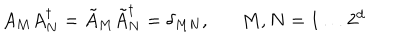
A _ { M } A _ { N } ^ { \dagger } = \tilde { A } _ { M } \tilde { A } _ { N } ^ { \dagger } = \delta _ { M N } , M , N = 1 \ldots 2 ^ { d }